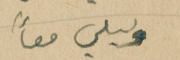
وليلي معاً